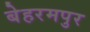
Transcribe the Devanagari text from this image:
बेहरमपुर